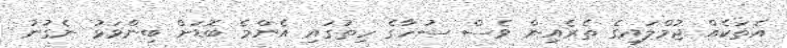
އެތަކެއް ޖުމްލައިގެ ތެރެއިން ވެސް ސުހާގެ ހިތުގައި އެންމެ ބޮޑަށް ބިންވަޅު ނެގުނު